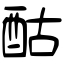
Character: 酤